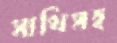
সাথিসহ